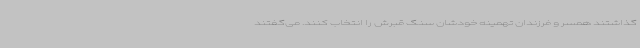
گذاشتند همسر و فرزندان تهمینه خودشان سنگ قبرش را انتخاب کنند. می‌گفتند